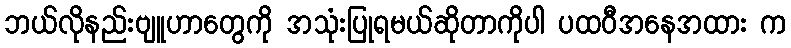
ဘယ်လိုနည်းဗျူဟာတွေကို အသုံးပြုရမယ်ဆိုတာကိုပါ ပထဝီအနေအထား က